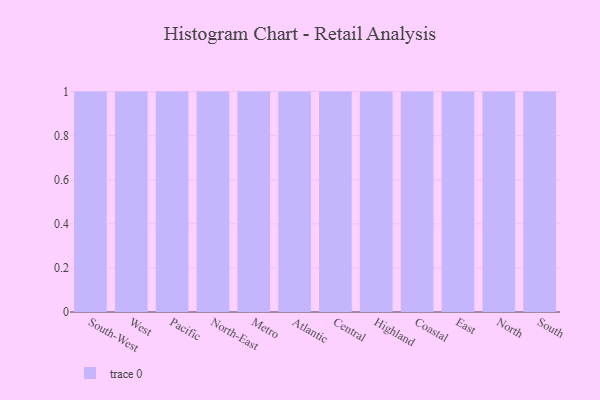
{"axis": {"x": "Region", "y": "Market Share (%)"}, "legend": [""], "data": [{"x": "South-West", "y": 35, "type": ""}, {"x": "West", "y": 40, "type": ""}, {"x": "Pacific", "y": 45, "type": ""}, {"x": "North-East", "y": 82, "type": ""}, {"x": "Metro", "y": 42, "type": ""}, {"x": "Atlantic", "y": 25, "type": ""}, {"x": "Central", "y": 50, "type": ""}, {"x": "Highland", "y": 1, "type": ""}, {"x": "Coastal", "y": 22, "type": ""}, {"x": "East", "y": 5, "type": ""}, {"x": "North", "y": 100, "type": ""}, {"x": "South", "y": 10, "type": ""}]}